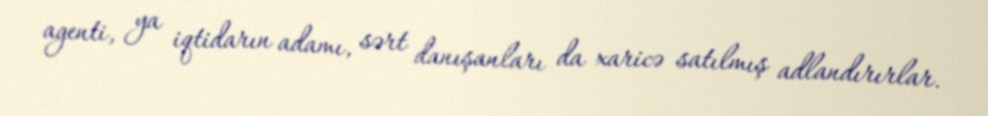
agenti, ya iqtidarın adamı, sərt danışanları da xaricə satılmış adlandırırlar.